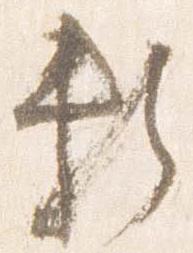
頼